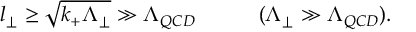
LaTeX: l _ { \perp } \geq \sqrt { k _ { + } \Lambda _ { \perp } } \gg \Lambda _ { Q C D } ~ ~ ~ ~ ~ ~ ~ ~ ~ ( \Lambda _ { \perp } \gg \Lambda _ { Q C D } ) .